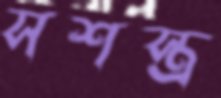
সশস্ত্র